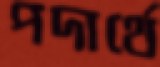
পদার্থে